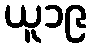
ယူ၁၉